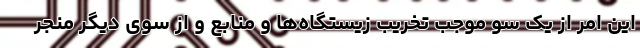
این امر از یک سو موجب تخریب زیستگاه‌ها و منابع و از سوی دیگر منجر